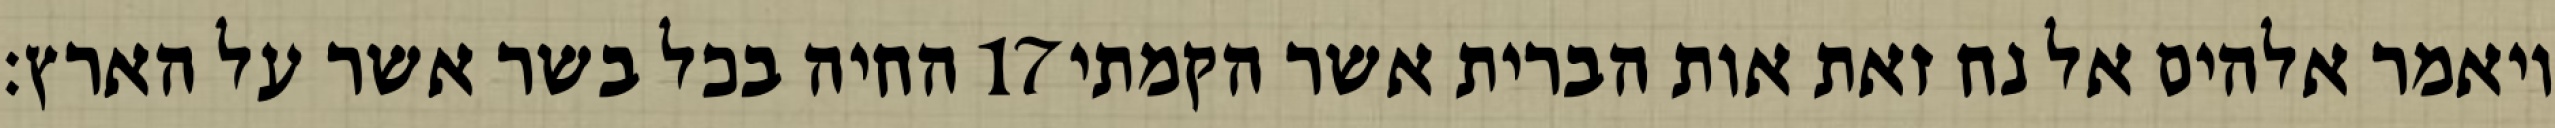
החיה בכל בשר אשר על הארץ׃ ‎17‏ ויאמר אלהים אל נח זאת אות הברית אשר הקמתי